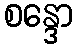
စန္ဒော